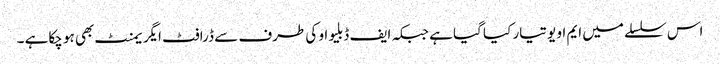
اس سلسلے میں ایم او یو تیار کیا گیا ہے جبکہ ایف ڈبلیو او کی طرف سے ڈرافٹ ایگر یمنٹ بھی ہو چکاہے ۔